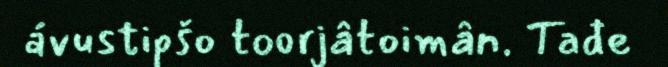
ávustipšo toorjâtoimân. Tađe